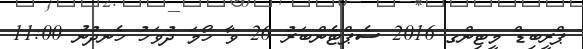
ޕްރީބިޑް މީޓިންގ 2016 ސެޕްޓެންބަރު 26 ވާ ހޯމަ ދުވަހު ހެނދުނު 11:00